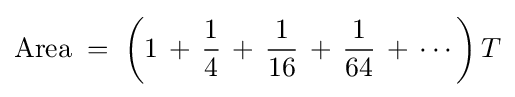
{\text{Area}}\;=\;\left(1\,+\,{\frac {1}{4}}\,+\,{\frac {1}{16}}\,+\,{\frac {1}{64}}\,+\,\cdots \right)T